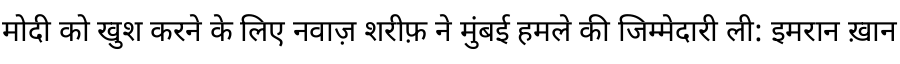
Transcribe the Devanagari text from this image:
मोदी को खुश करने के लिए नवाज़ शरीफ़ ने मुंबई हमले की जिम्मेदारी ली: इमरान ख़ान